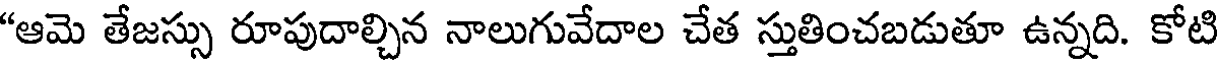
"ఆమె తేజస్సు రూపుదాల్చిన నాలుగువేదాల చేత స్తుతించబడుతూ ఉన్నది. కోటి